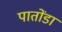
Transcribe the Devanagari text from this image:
पातोंडा